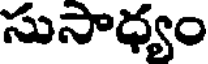
సుసాధ్యం